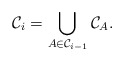
\begin{align*}\mathcal C_i = \bigcup_{A \in \mathcal C_{i-1}} \mathcal C_A.\end{align*}